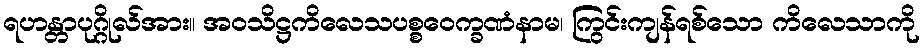
ရဟန္တာပုဂ္ဂိုလ်အား။ အဝသိဋ္ဌကိလေသပစ္စဝေက္ခဏံနာမ၊ ကြွင်းကျန်ရစ်သော ကိလေသာကို